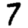
Digit: 7